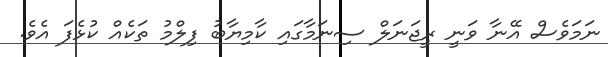
ނަމަވެސް އޭނާ ވަނީ ރީޖަނަލް ސިނަމާގައި ކާމިޔާބު ފިލްމު ތަކެއް ކުޅެފަ އެވެ.